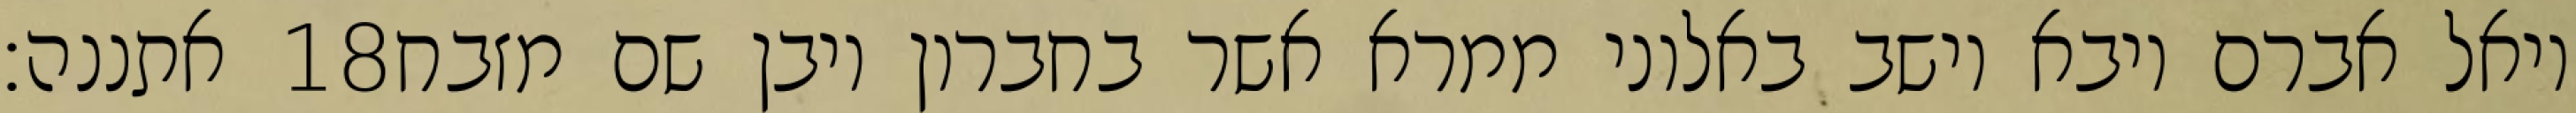
אתננה׃ ‎18‏ ויאל אברם ויבא וישב באלוני ממרא אשר בחברון ויבן שם מזבח